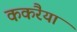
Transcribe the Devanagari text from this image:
ककरैया